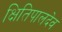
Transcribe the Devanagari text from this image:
क्षितिपालदेव